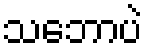
သဘောပဲ